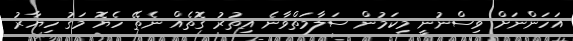
އަހަންނަށް ވިސްނުނީ މިކަމުން ސަލާމަތްވާނެ އިތުރު ގޮތެއް ނެތޭ ހެޔޮ މަގު ހިޔާރު